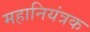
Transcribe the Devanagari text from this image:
महानियंत्रक